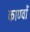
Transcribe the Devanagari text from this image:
काण्वों